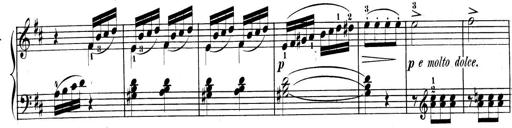
Title: 3 Sonatinen, Op.8
Composer: Isidor Wilhelm Seiss